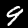
Digit: 9